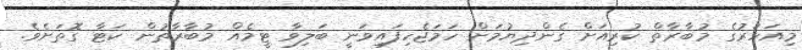
މިއަހަރުގެ މުބާރާތް ކުރިއަށް ގެންދިޔުމަށް ހަމަޖެހިފައިވަނީ ބަލިވާ ޓީމެއް މުބާރާތުން ކަޓާ ގޮތަށެވެ.